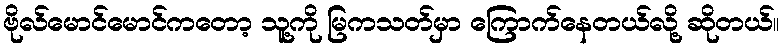
ဗိုလ်မောင်မောင်ကတော့ သူ့ကို မြကသတ်မှာ ကြောက်နေတယ်လို့ ဆိုတယ်။